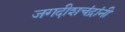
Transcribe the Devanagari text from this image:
जगदीशचंद्रांनी